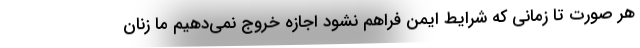
هر صورت تا زمانی که شرایط ایمن فراهم نشود اجازه خروج نمی‌دهیم ما زنان